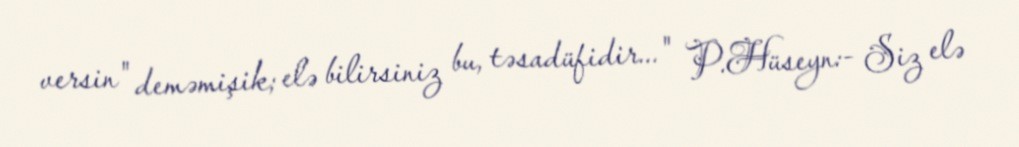
versin" deməmişik; elə bilirsiniz bu, təsadüfidir..." P.Hüseyn:- Siz elə